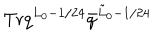
\mathrm { T r } q ^ { L _ { 0 } - 1 / 2 4 } \bar { q } ^ { \tilde { L } _ { 0 } - 1 / 2 4 }